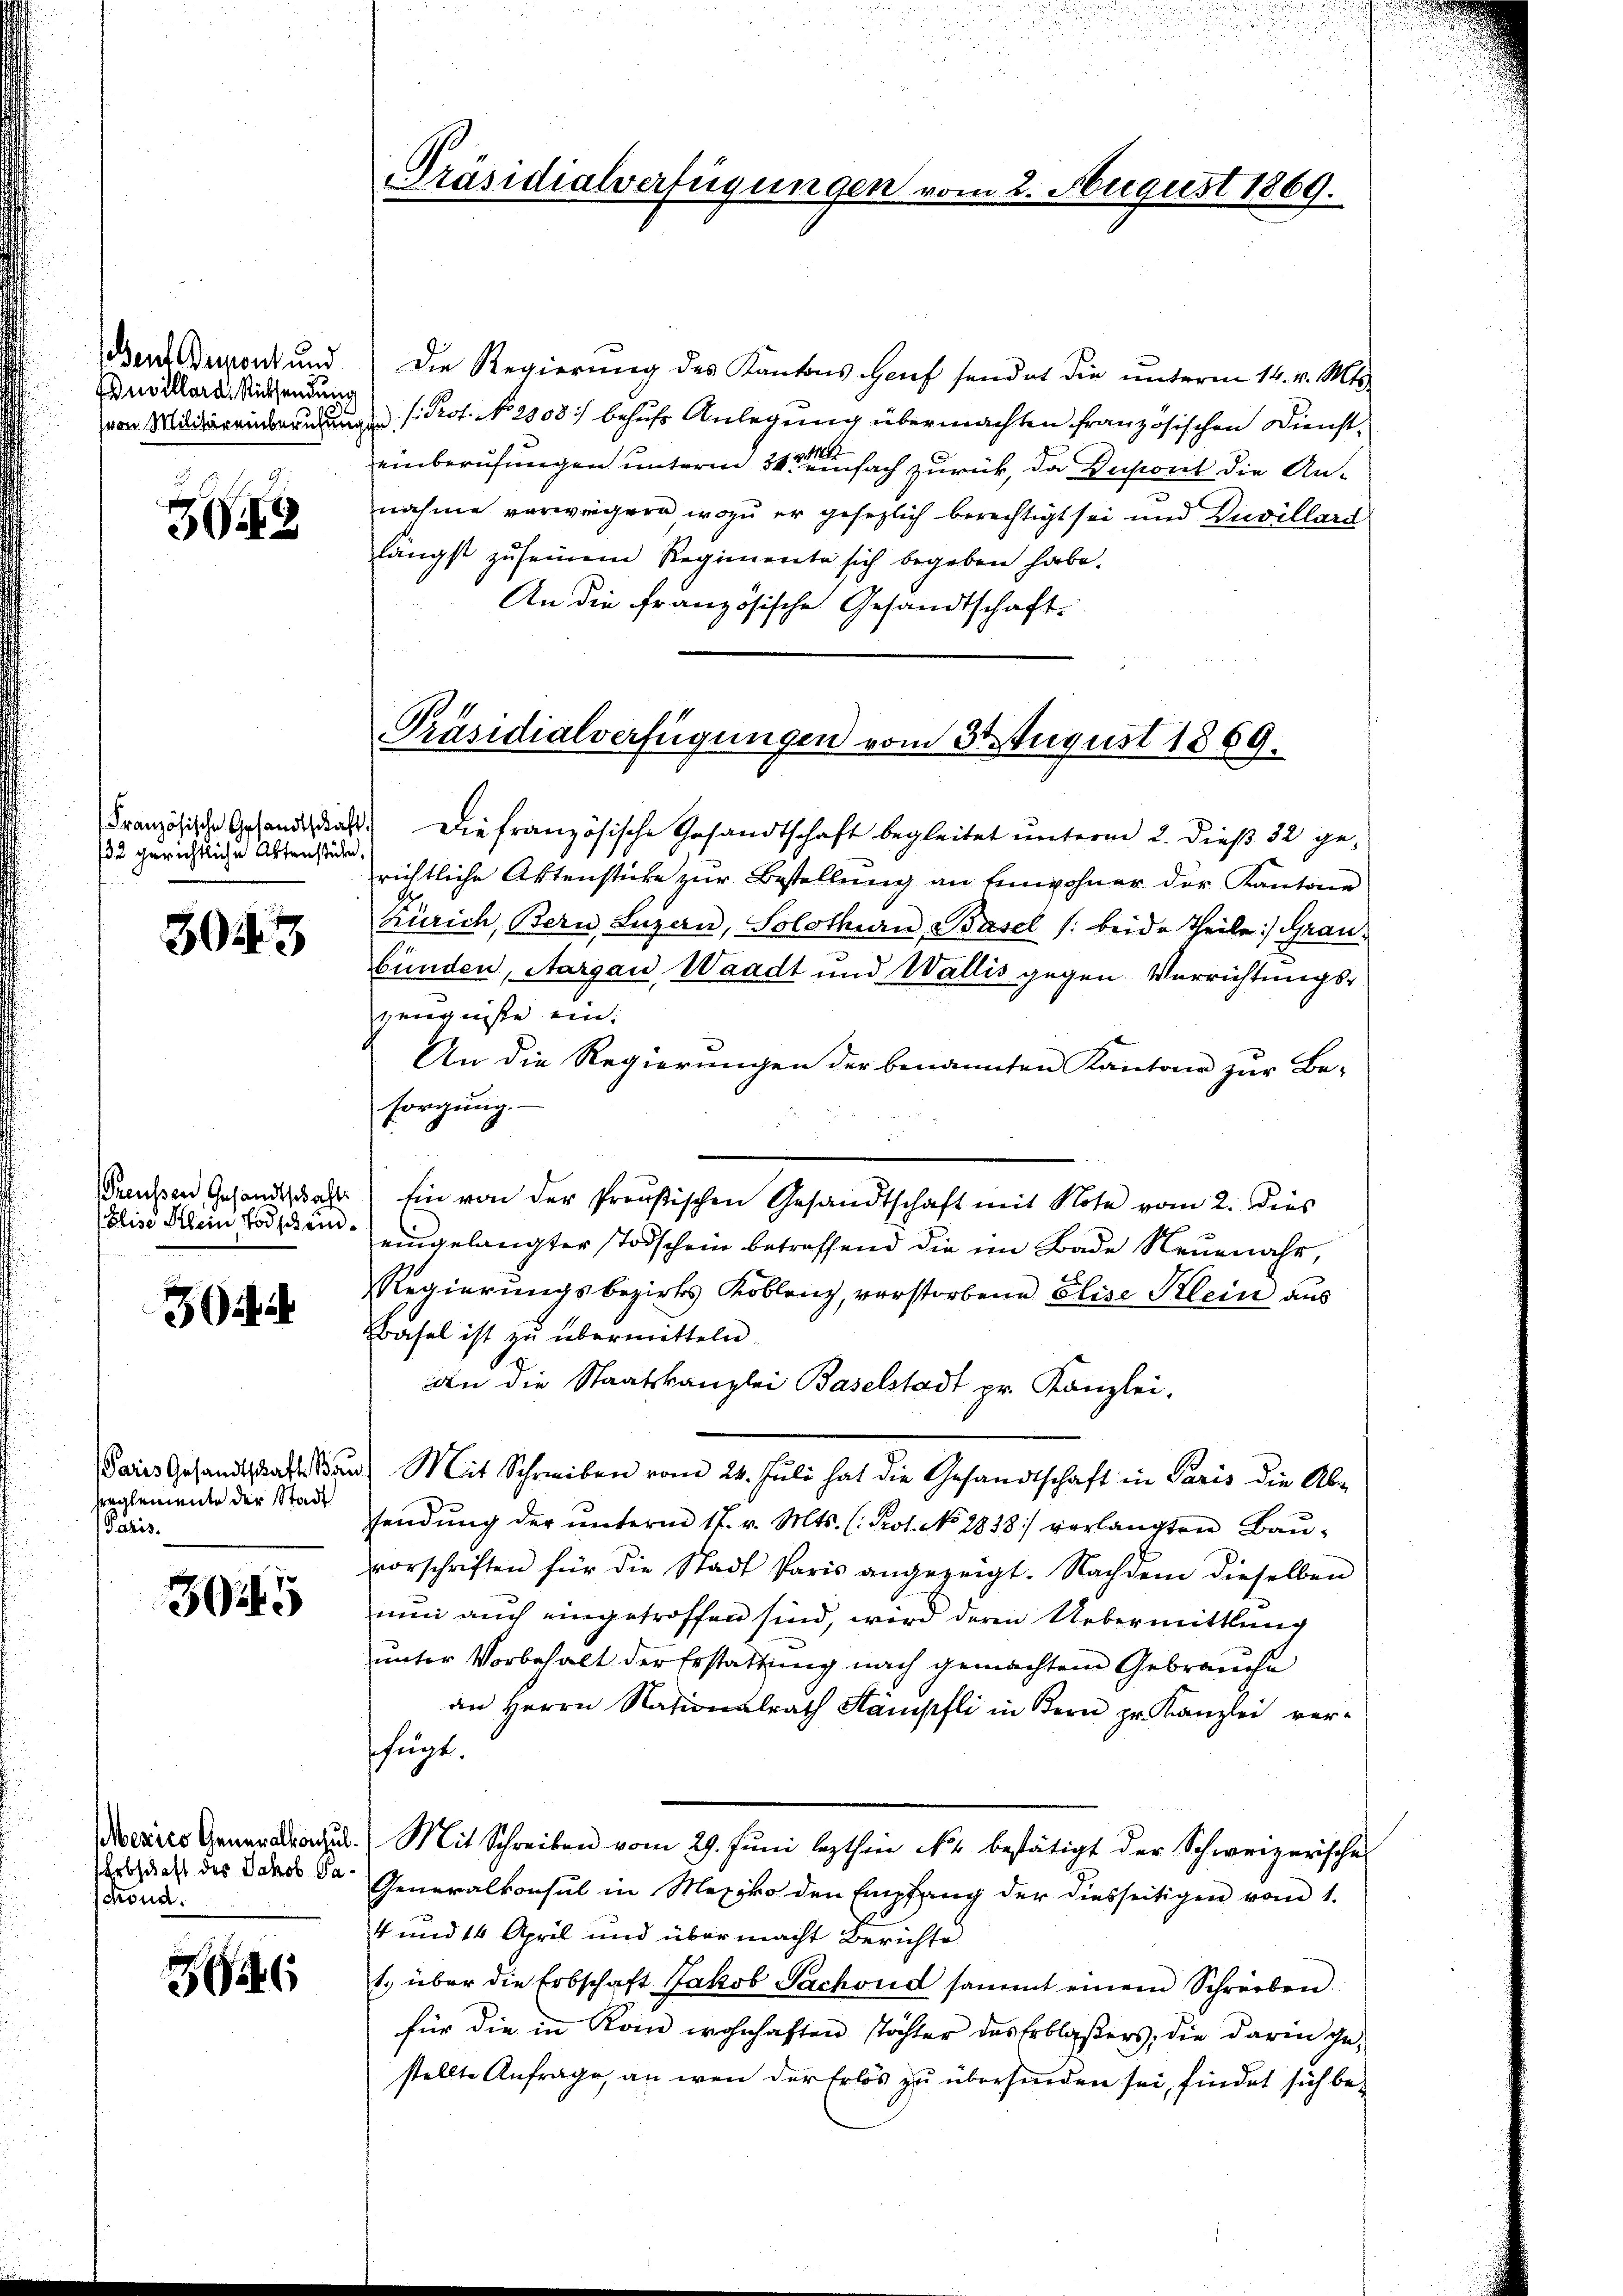
Ben Demont und
Bevillard, Rücksendung
(von Militär einberufung

72

/32 gerichtliche Aktenstühe.

3045

Preußen Gesandtschaft
Elise Allein Todschun¬

3

sreglemenden der Stadt
Paris.

302

Erbschaft des Jakob Gascrond.

36

Präsidialverfügungen u

August 1869.

Die Regierung des Kantons Genf sendet die unterm 14. v. Mts.
d Prof. No. 2308) behufs Anlegung übermachten französischen Diensteinberufungen unterm 14ten einfach zurück, da Dupont die Annahme vorwiegern, wozu er gesezlich berechtigt sei und Zuvillard
längst zu seinem Regimente sich begeben habe.
An die französische Gesandtschaft-

Präsidialverfügungen vom 3t August 1869.

Französische Gesandtag. Die französische Gesandtschaft begleitet ŭnterm 2. dieβ 32 ge-
richtliche Aktenstücke zur Bestellung an Einwohner der Kantone
Zürich, Bern, Luzern, Solothurn, Basel /: beide Theile:/ Grau-
bünden, Aargau, Waadt und Wallis gegen Verrichtungs¬
Zeugniße ein:
An die Regierungen der benannten Kantone zur Be-
sorgung.
Ein von der Preußischen Gesandtschaft mit Note vom 2. dies
eingelangter Todschein betreffend die im Bade Neuenahr,
Regierungsbezirks Koblenz, verstorbene Elise Klein aus
Basel ist zu übermitteln.
dn die Staatskanzlei Baselstadt pr. Kanzlei.
Daies Gesandtschaft an Mit Schreiben vom 24. Juli hat die Gesandtschaft in Paris die Ab-
sendŭng der ŭnterm 17. v. Mts. (: Prot. No 2838) verlangten Baŭ-
vorschriften für die Stadt Paris angezeigt. Nachdem dieselben
nun auch eingetroffen sind, wird deren Uebermittlung
ŭnter Vorbehalt der Erstattung nach gemachtem Gebrauche
an Herrn Nationalrath Stämpfli in Bern pr. Kanzlei ver-
fügt.
Neries General. Mit Schreiben vom 29. Jŭni lezthin No 2. bestätigt der Schweizerische
Generalkonsul in Mexiko den Empfang der diesseitigen vom 1.
4 und 14 April und übermacht Berichte
1. über die Erbschaft Jakob Sachend sammt einem Schreiben.
für die in Kom wohnhaften Töchter das Erblaßers, die darin gestellte Anfrage, an wen der Erlös zu übersinden sei, findet sich be¬